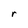
Character: r